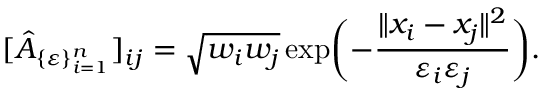
[ \hat { A } _ { \{ \varepsilon \} _ { i = 1 } ^ { n } } ] _ { i j } = \sqrt { w _ { i } w _ { j } } \exp \biggl ( - \frac { \| x _ { i } - x _ { j } \| ^ { 2 } } { \varepsilon _ { i } \varepsilon _ { j } } \biggr ) .